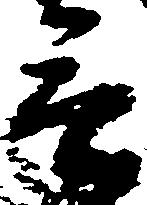
言